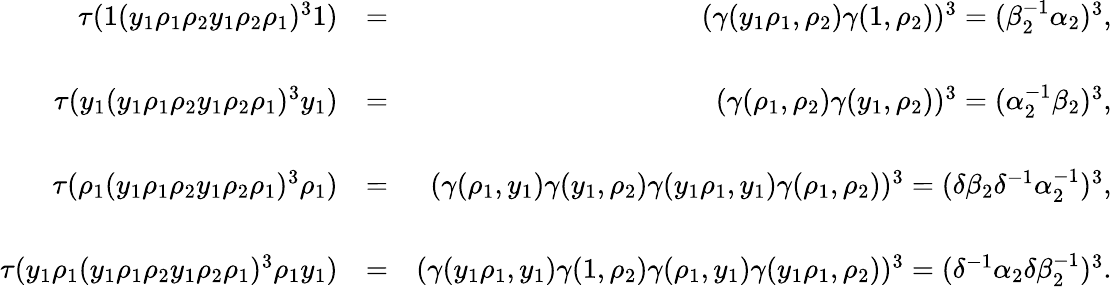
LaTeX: \begin{array}{rlr}{\tau(1(y_{1}\rho_{1}\rho_{2}y_{1}\rho_{2}\rho_{1})^{3}1)}&{=}&{(\gamma(y_{1}\rho_{1},\rho_{2})\gamma(1,\rho_{2}))^{3}=(\beta_{2}^{-1}\alpha_{2})^{3},}\\ &{}&\\ {\tau(y_{1}(y_{1}\rho_{1}\rho_{2}y_{1}\rho_{2}\rho_{1})^{3}y_{1})}&{=}&{(\gamma(\rho_{1},\rho_{2})\gamma(y_{1},\rho_{2}))^{3}=(\alpha_{2}^{-1}\beta_{2})^{3},}\\ &{}&\\ {\tau(\rho_{1}(y_{1}\rho_{1}\rho_{2}y_{1}\rho_{2}\rho_{1})^{3}\rho_{1})}&{=}&{(\gamma(\rho_{1},y_{1})\gamma(y_{1},\rho_{2})\gamma(y_{1}\rho_{1},y_{1})\gamma(\rho_{1},\rho_{2}))^{3}=(\delta\beta_{2}\delta^{-1}\alpha_{2}^{-1})^{3},}\\ &{}&\\ {\tau(y_{1}\rho_{1}(y_{1}\rho_{1}\rho_{2}y_{1}\rho_{2}\rho_{1})^{3}\rho_{1}y_{1})}&{=}&{(\gamma(y_{1}\rho_{1},y_{1})\gamma(1,\rho_{2})\gamma(\rho_{1},y_{1})\gamma(y_{1}\rho_{1},\rho_{2}))^{3}=(\delta^{-1}\alpha_{2}\delta\beta_{2}^{-1})^{3}.}\end{array}